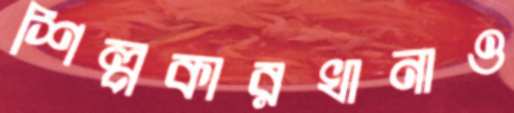
শিল্পকারখানাও